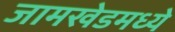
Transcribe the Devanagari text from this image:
जामखेडमध्ये